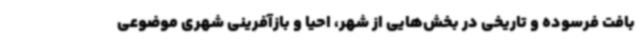
بافت فرسوده و تاریخی در بخش‌هایی از شهر، احیا و بازآفرینی شهری موضوعی